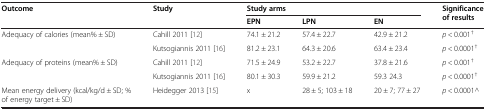
<table><thead><tr><td rowspan="2"><b>Outcome</b></td><td rowspan="2"><b>Study</b></td><td colspan="3"><b>Study arms</b></td><td rowspan="2"><b>Significance of results</b></td></tr><tr><td><b>EPN</b></td><td><b>LPN</b></td><td><b>EN</b></td></tr></thead><tbody><tr><td rowspan="2">Adequacy of calories (mean% ± SD)</td><td>Cahill 2011 [12]</td><td>74.1 ± 21.2</td><td>57.4 ± 22.7</td><td>42.9 ± 21.2</td><td><i>p</i> &lt; 0.001<sup>†</sup></td></tr><tr><td>Kutsogiannis 2011 [16]</td><td>81.2 ± 23.1</td><td>64.3 ± 20.6</td><td>63.4 ± 23.4</td><td><i>p</i> &lt; 0.0001<sup>†</sup></td></tr><tr><td rowspan="2">Adequacy of proteins (mean% ± SD)</td><td>Cahill 2011 [12]</td><td>71.5 ± 24.9</td><td>53.2 ± 22.7</td><td>37.8 ± 21.6</td><td><i>p</i> &lt; 0.001<sup>†</sup></td></tr><tr><td>Kutsogiannis 2011 [16]</td><td>80.1 ± 30.3</td><td>59.9 ± 21.2</td><td>59.3 24.3</td><td><i>p</i> &lt; 0.0001<sup>†</sup></td></tr><tr><td>Mean energy delivery (kcal/kg/d ± SD; % of energy target ± SD)</td><td>Heidegger 2013 [15]</td><td>x</td><td>28 ± 5; 103 ± 18</td><td>20 ± 7; 77 ± 27</td><td><i>p</i> &lt; 0.0001^</td></tr></tbody></table>